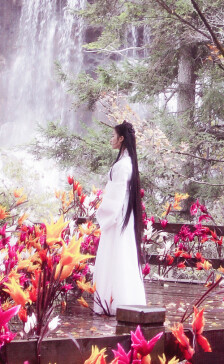
静夜沉沉，浮光霭霭，冷浸溶溶月。